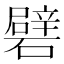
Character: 礕